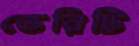
ভেরিটি